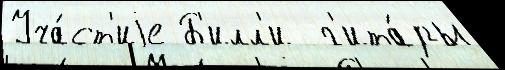
Уча́ст'иjе Б'илл'и  г'ита́ры